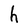
Character: h